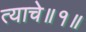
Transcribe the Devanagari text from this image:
त्याचे॥१॥